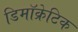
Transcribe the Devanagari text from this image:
डिमॉक्रेटिक